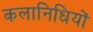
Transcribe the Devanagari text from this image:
कलानिधियों